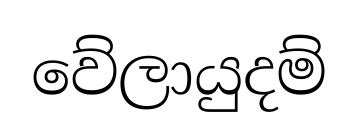
වේලායුදම්